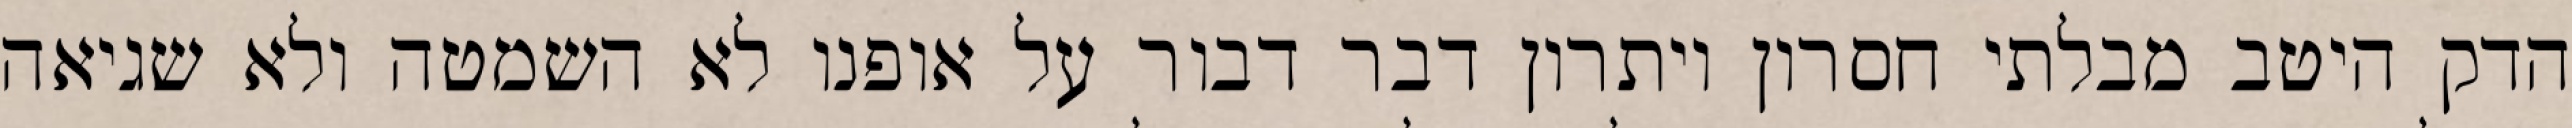
הדק היטב מבלתי חסרון ויתרון דבר דבור על אופנו לא השמטה ולא שגיאה